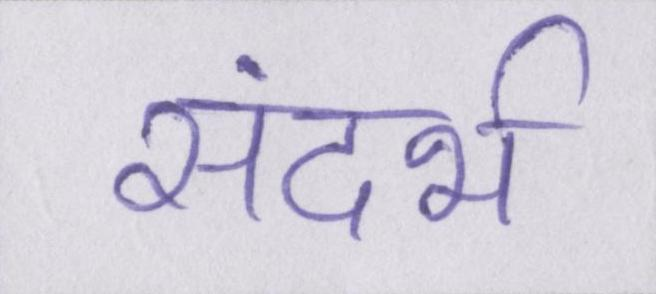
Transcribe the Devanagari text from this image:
संदर्भ